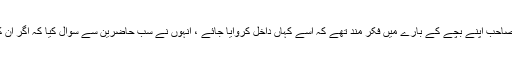
چار پانچ سال قبل میں علماء کی ایک مجلس میں بیٹھا تھا ،ایک مہتمم صاحب اپنے بچے کے بارے میں فکر مند تھے کہ اسے کہاں داخل کروایا جائے ، انہوں نے سب حاضرین سے سوال کیا کہ اگر ان کا اپنا بیٹا ہو تا تو وہ اسے پنجاب کے کس مدرسے میں داخل کرواتے؟